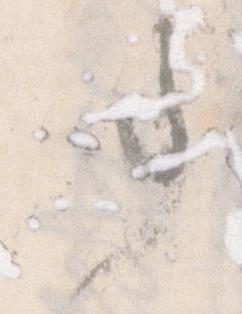
事